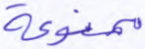
ممنوعة